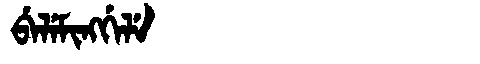
Manchu: ᠪᡝᠯᡝᠮᡳᠩᡤᡝᠯᡝ
Romanization: BELEMINGGELE